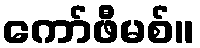
ကော်ဖီမစ်။